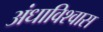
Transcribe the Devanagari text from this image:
अंधाविश्वास